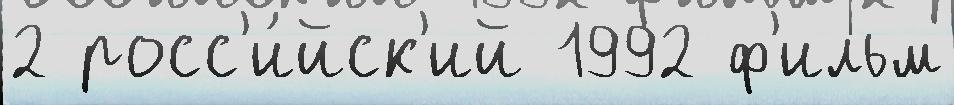
2 росс'и́йск'ий 1992 ф'ильм